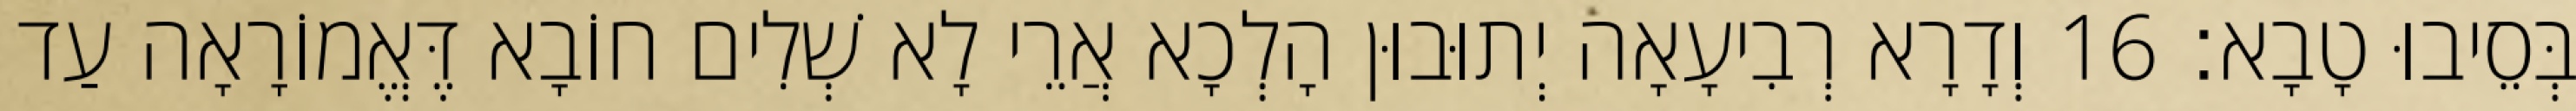
בְּסֵיבוּ טָבָא׃ 16 וְדָרָא רְבִיעָאָה יְתוּבוּן הָלְכָא אֲרֵי לָא שְׁלִים חוֹבָא דֶּאֱמוֹרָאָה עַד